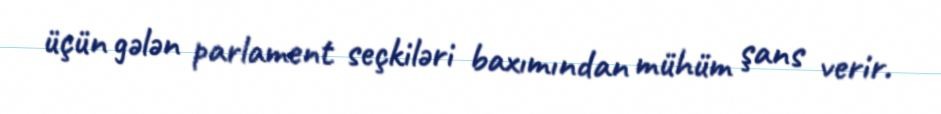
üçün gələn parlament seçkiləri baxımından mühüm şans verir.